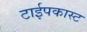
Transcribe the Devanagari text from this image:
टाईपकास्ट